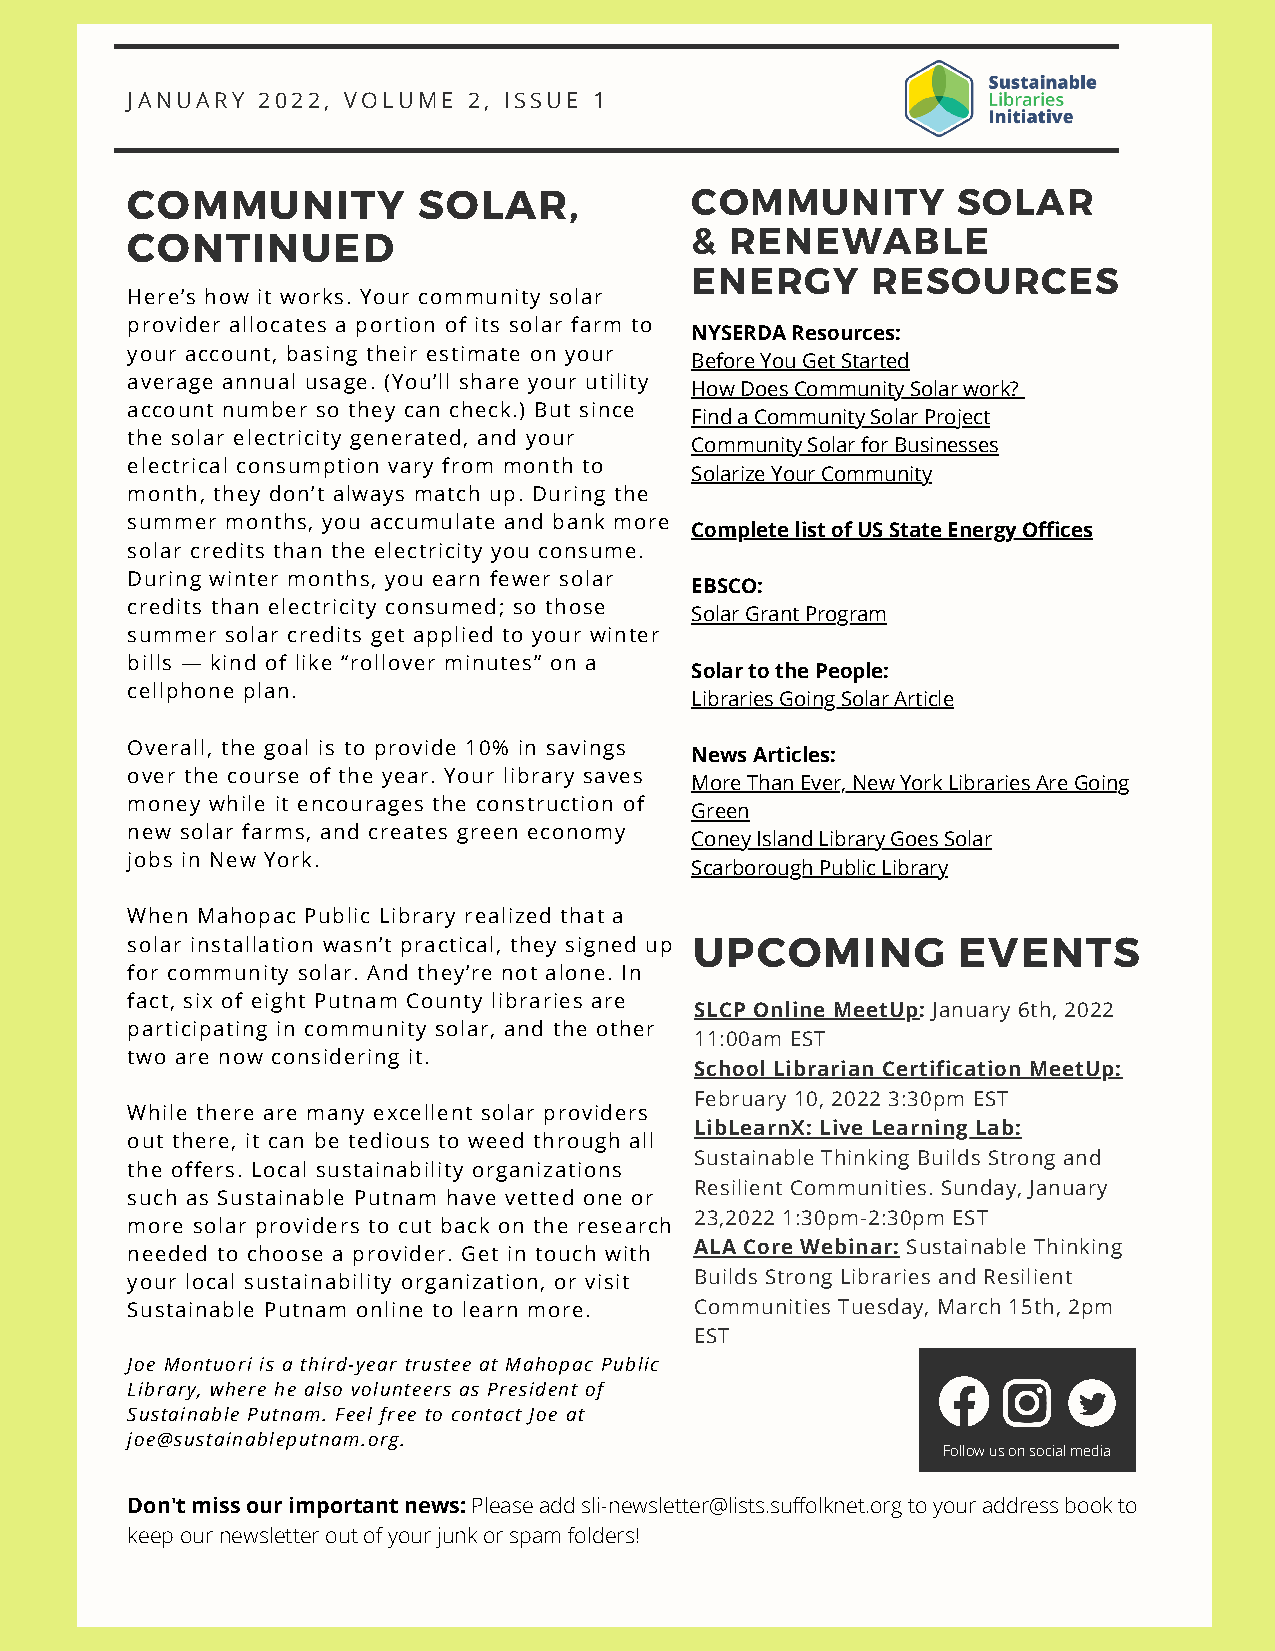
JANUARY  2022, VOLUME  2, ISSUE 1
 COMMUNITY           SOLAR,            COMMUNITY        SOLAR
 CONTINUED                             & RENEWABLE
 ENERGY      RESOURCES
 Here’s how it works. Your community solar
 provider allocates a portion of its solar farm to
 NYSERDA Resources:
 your account, basing their estimate on your
 Before You Get Started
 average annual usage. (You’ll share your utility
 How Does Community Solar work?
 account number so they can check.) But since
 Find a Community Solar Project
 the solar electricity generated, and your
 Community Solar for Businesses
 electrical consumption vary from month to
 Solarize Your Community
 month, they don’t always match up. During the
 summer months, you accumulate and bank more
 Complete list of US State Energy Offices
 solar credits than the electricity you consume.
 During winter months, you earn fewer solar
 EBSCO:
 credits than electricity consumed; so those
 Solar Grant Program
 summer solar credits get applied to your winter
 bills — kind of like “rollover minutes” on a
 Solar to the People:
 cellphone plan.
 Libraries Going Solar Article
 Overall, the goal is to provide 10% in savings
 News Articles:
 over the course of the year. Your library saves
 More Than Ever, New York Libraries Are Going
 money while it encourages the construction of
 Green
 new solar farms, and creates green economy
 Coney Island Library Goes Solar
 jobs in New York.
 Scarborough Public Library
 When Mahopac Public Library realized that a
 solar installation wasn’t practical, they signed up UPCOMING EVENTS
 for community solar. And they’re not alone. In
 fact, six of eight Putnam County libraries are
 SLCP Online MeetUp: January 6th, 2022
 participating in community solar, and the other
 11:00am EST
 two are now considering it.
 School Librarian Certification MeetUp:
 February 10, 2022 3:30pm EST
 While there are many excellent solar providers
 LibLearnX: Live Learning Lab:
 out there, it can be tedious to weed through all
 Sustainable Thinking Builds Strong and
 the offers. Local sustainability organizations
 Resilient Communities. Sunday, January
 such as Sustainable Putnam have vetted one or
 23,2022 1:30pm-2:30pm EST
 more solar providers to cut back on the research
 ALA Core Webinar: Sustainable Thinking
 needed to choose a provider. Get in touch with
 your local sustainability organization, or visit Builds Strong Libraries and Resilient
 Sustainable Putnam online to learn more. Communities Tuesday, March 15th, 2pm
 EST
 Joe Montuori is a third-year trustee at Mahopac Public
 Library, where he also volunteers as President of
 Sustainable Putnam. Feel free to contact Joe at
 joe@sustainableputnam.org.
 Follow us on social media
 Don't miss our important news: Please add sli-newsletter@lists.suffolknet.org to your address book to
 keep our newsletter out of your junk or spam folders!